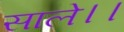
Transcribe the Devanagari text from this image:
साले।।